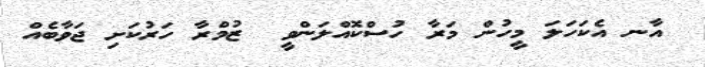
އާނ އެކަހަލަ މީހުން މަރާ ހުސްކޮއްލަންވީ  ޒުމްރާ ހަރުކަށި ޖަވާބެއް